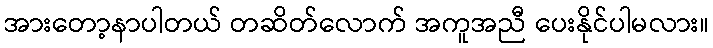
အားတော့နာပါတယ် တဆိတ်လောက် အကူအညီ ပေးနိုင်ပါမလား။